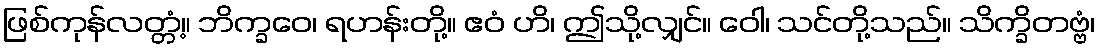
ဖြစ်ကုန်လတ္တံ့။ ဘိက္ခဝေ၊ ရဟန်းတို့။ ဧဝံ ဟိ၊ ဤသို့လျှင်။ ဝေါ၊ သင်တို့သည်။ သိက္ခိတဗ္ဗံ၊